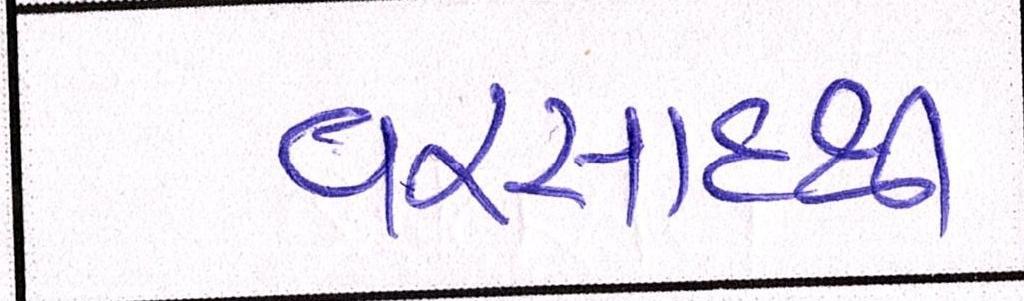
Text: વરસાદથી